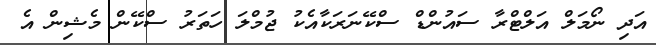
އަދި ނޯމަލް އަލްޓްރާ ސައުންޑް ސްކޭނަރަކާއެކު ޖުމްލަ ހަތަރު ސްކޭން މެޝިން އެ